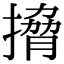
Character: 搚